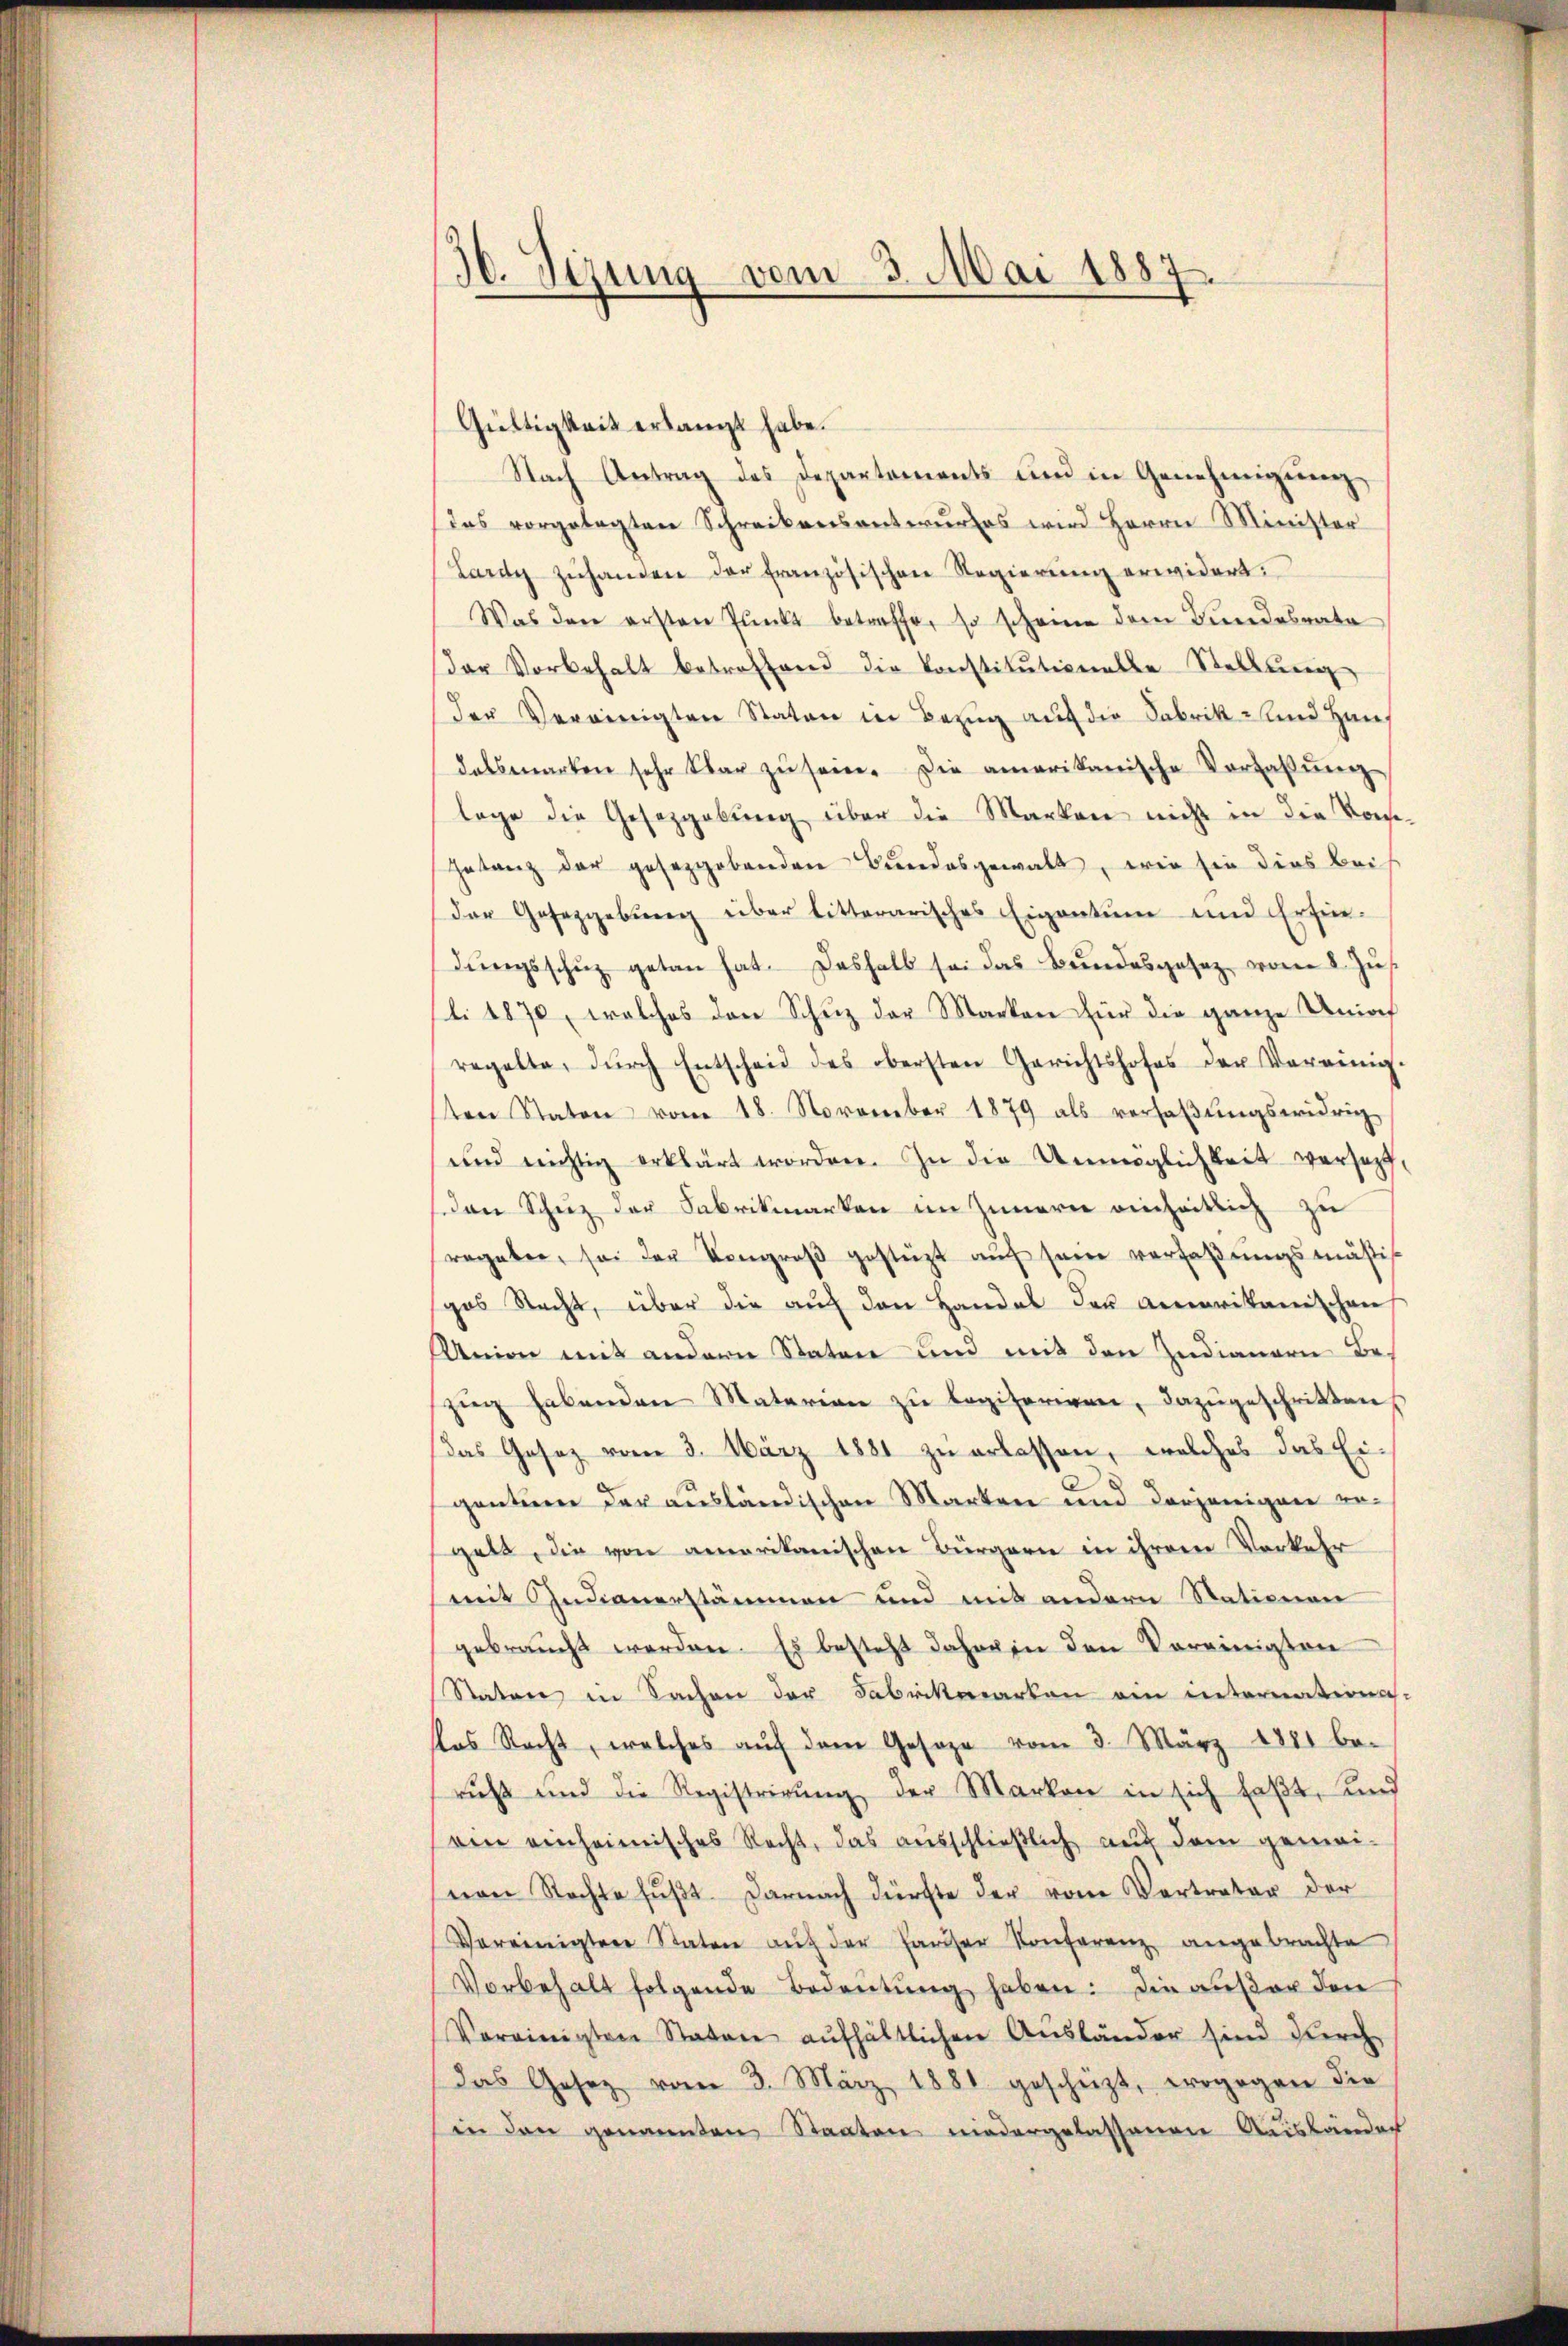
30. Sizung vom 3. Mai 1887

Gültigkeit erlangt habe.
Nach Antrag des Departements und in Genehmigung
das vorgelegten Schreibensantwurfes wird Herrn Minister
Lardy zŭhanden der französischen Regierŭng erwidert:
Was den ersten Pŭnkt betreffe, so scheine dem Bundesrate
der Vorbehalt betreffend die Konstitŭtionaler-Stellŭng
der Vereinigten Staten in Bezug auf die Fabrik und Haus
dalsmarken sehr war zŭ sein. Die amerikanische Vorlaβŭng
lage die Gesetzgebung über die Marken nicht in die Konse-
getanz der gesetzgebenden Bŭndesgewalt, wie sie dies Beis
der Gesetzgebung über litterarisches Eigentum und Erfin-
dŭngsschŭz getan hat. Deshalb sei das Bundesgesetz vom 8. Jus
li 1870, welches den Schuz der Marken für die ganze Unioch
regelte, dŭrch Entscheid des obersten Gerichtshofes der Vereinig
ten Staton vom 18. November 1879 als versaβŭngswidrig
und nichtig erklärt worden. In die Unmöglichkeit versopt,
den Schuz der Fabrikmarken im Innern einheitlich zu
regaben, sei der Kongroβ gestüzt aŭf sein verfaßungsmäßig
gas Nacht, über die auf den Handel der amerikanischen
Union mit andern Staten und mit den Zudianern Be-
zŭg habenden Materien zŭ legiferiren, dazugeschritten
Das Gesez vom 3. März 1881 zu erlassen, welches das Eigentuen der ausländischen Marken und derjenigen regelt, die von amerikanischen Bürgern in ihrem Verkehr
mit Indianerstämmen und mit andern Stationen
gebraucht werden. Es besteht daher in den Vereinigten
Raten in Sachen der Fabrikarten ein internationa-
kas Recht, welches aŭf dem Gesage vom 3. März 1881 be-
ruß und die Registrirŭng der Marken in sich faßt, und
ein einheimisches Recht, das ausschließlich auf dem gemeivon Rechte fŭβt. Darnach dürfte der vom Vertreter der
Vereinigten Staten aŭf der Pariser Konferenz angebrachte
Vorbehalt folgende Bedeŭtŭng haben: Die außer den
Vereinigten Staten aufhältlichen Aŭsländer sind durch
das Gesetz vom 3. März 1881 geschüzt, ergegen die
in den genannten Staaten niedergelassenen Ausländer